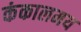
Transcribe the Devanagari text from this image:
कंकालमय